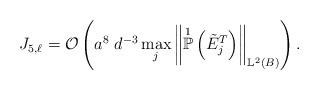
LaTeX: \begin{align*}J_{5,\ell} = \mathcal{O}\left( a^{8} \; d^{-3} \max_{j} \left\Vert \overset{1}{\mathbb{P}}\left( \tilde{E}^{T}_j\right) \right\Vert_{\mathbb{L}^{2}(B)} \right).\end{align*}